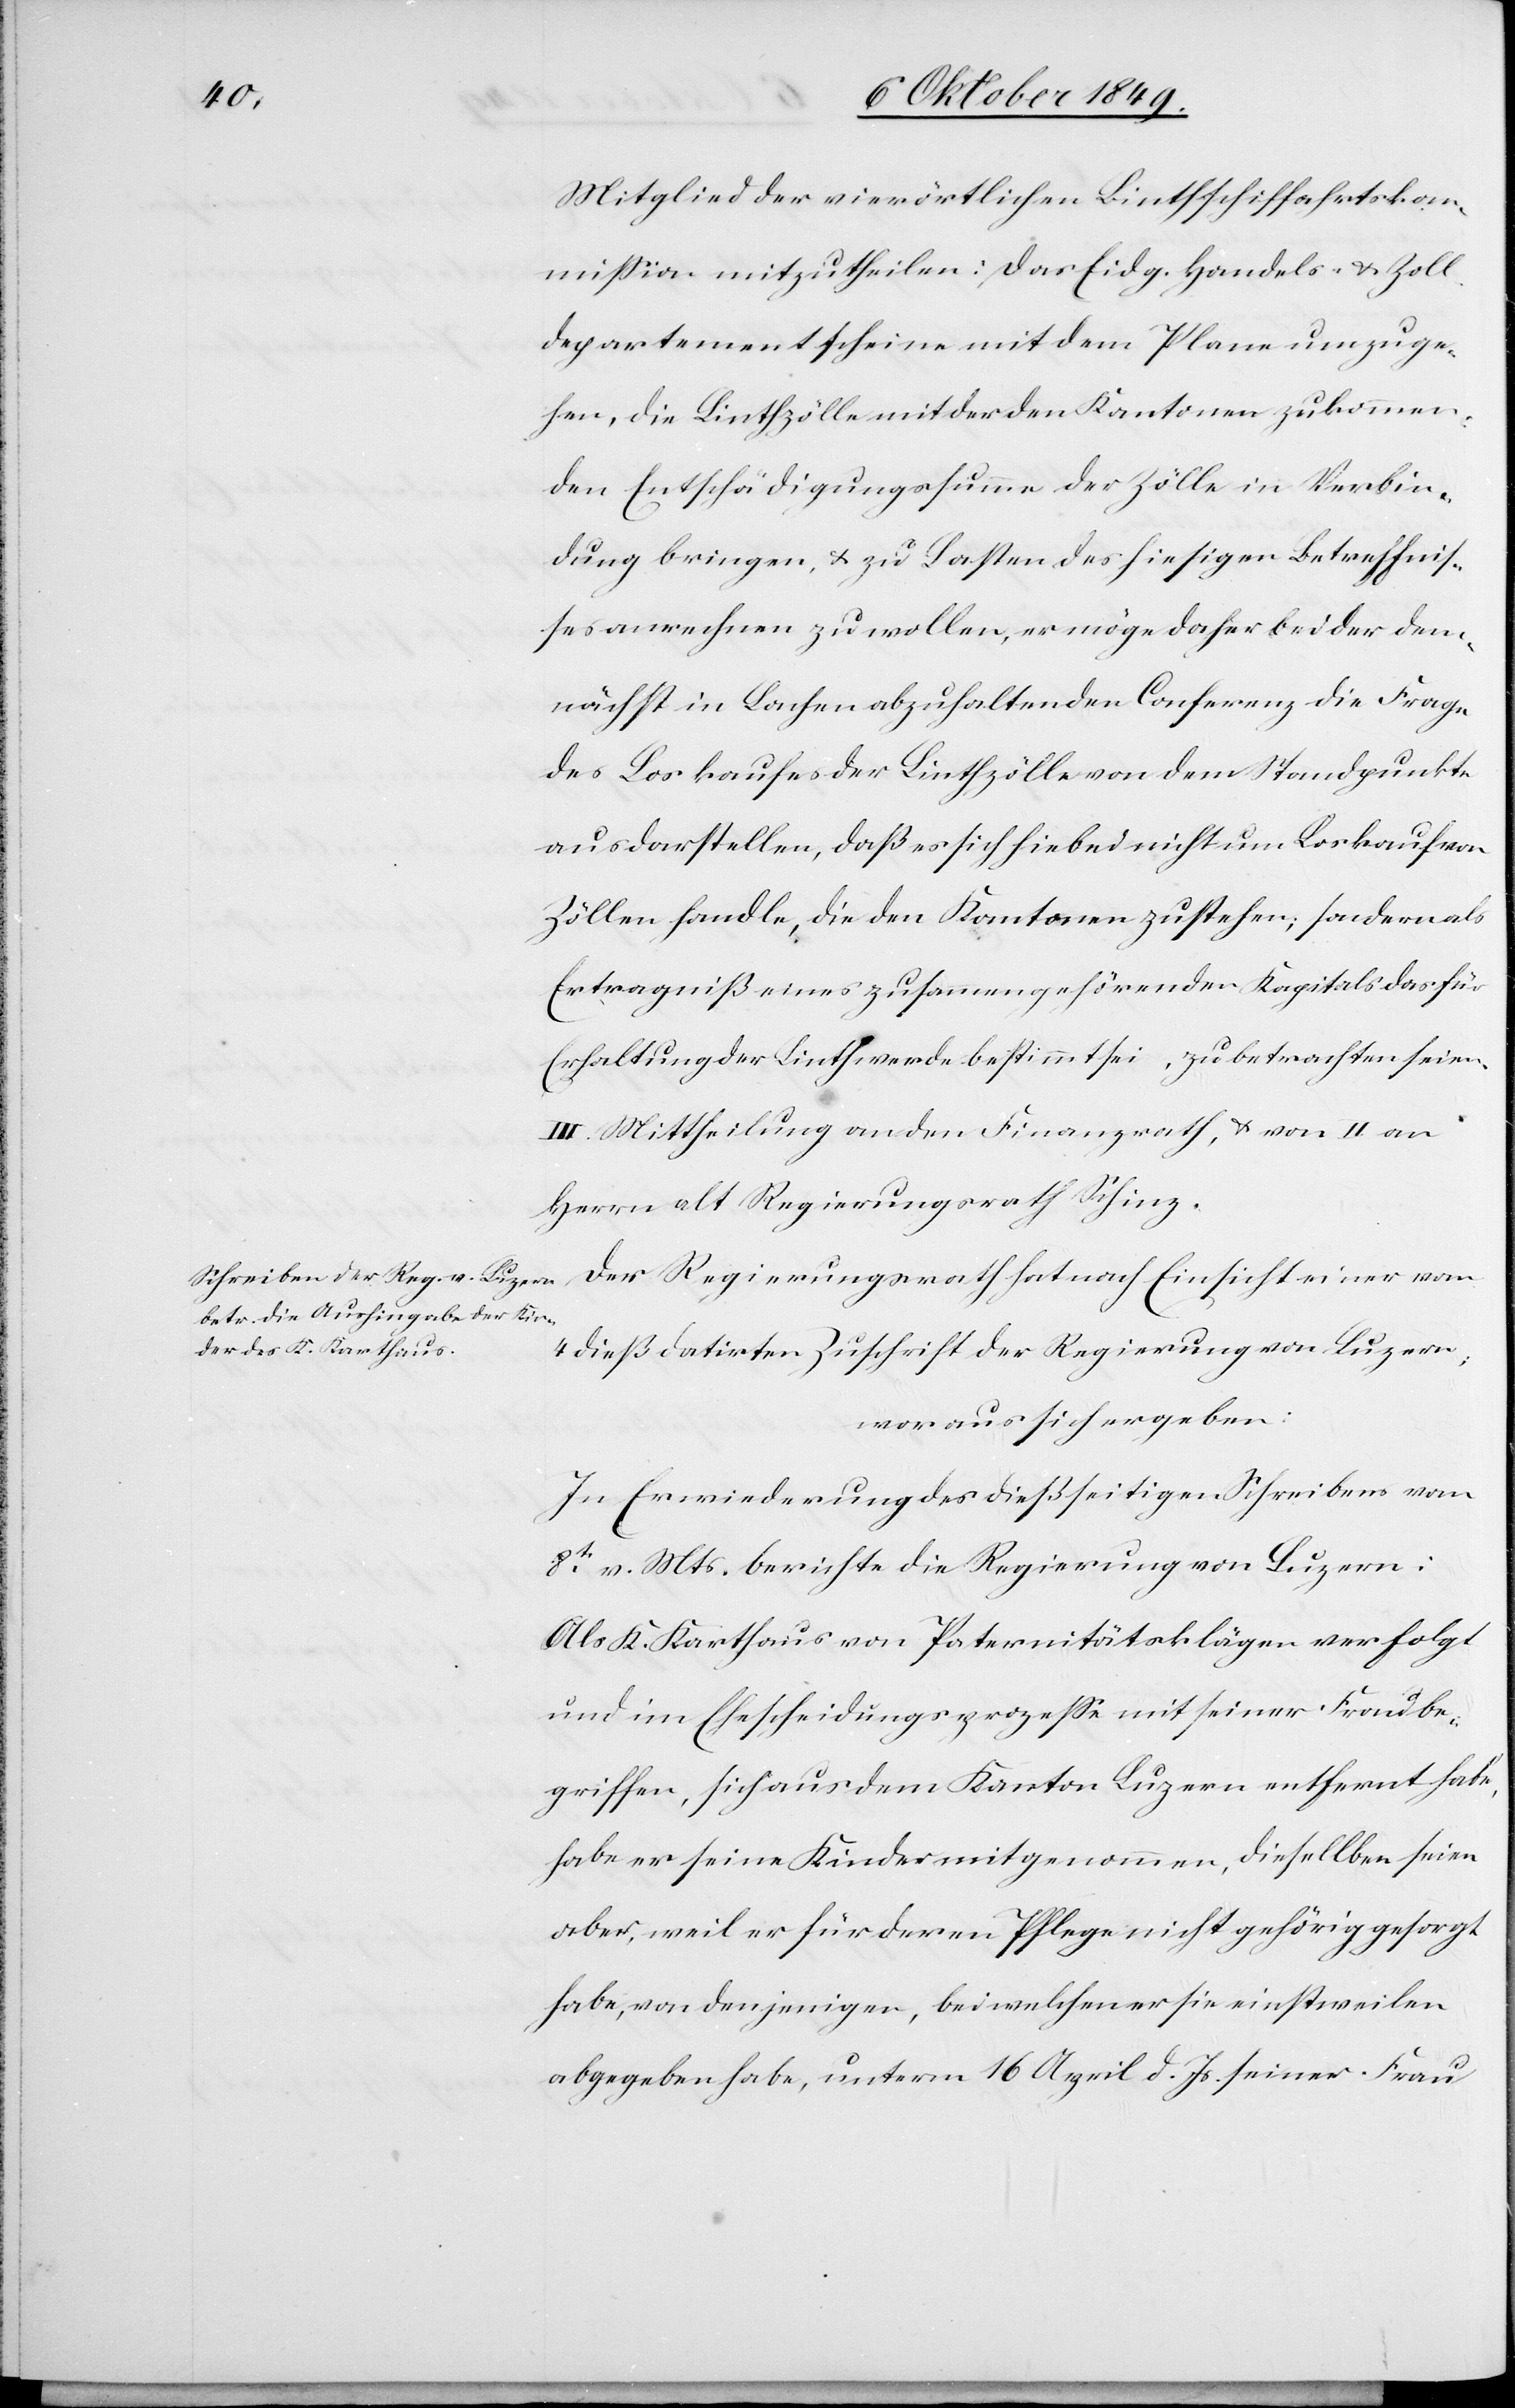
Mitglied der vierörtlichen Linthschiffahrtskom¬
mißion mitzutheilen: das Eidg. Handels- u. Zoll¬
departement scheine mit dem Plane umzuge¬
hen, die Linthzölle mit der den Kantonen zukommen¬
den Entschädigungssumme der Zölle in Verbin¬
dung bringen u. zu Lasten des hiesigen Betreffnis¬
ses anrechnen zu wollen, er möge daher bei der dem¬
nächst in Lachen abzuhaltenden Conferenz die Frage
des Loskaufes der Linthzölle von dem Standpunkte
aus darstellen, daß es sich hiebei nicht um Loskauf von
Zöllen handle, die den Kantonen zustehen, sondern als
Ersparniß eines zusammengehörenden Kapitals das für
Erhaltung der Linth werde bestimmt sei[n], zu betrachten seien.
III. Mittheilung an den Finanzrath, u. von II an
Herrn alt Regierungsrath Schinz.
4 dieß datirten Zuschrift der Regierung von Luzern,
woraus sich ergeben:
In Erwiederung des dießseitigen Schreibens vom
8t v. Mts. berichte die Regierung von Luzern:
Als K. Karthaus von Paternitätsklägen [sic!] verfolgt
und im Ehescheidungsprozeß mit seiner Frau be¬
griffen, sich aus dem Kanton Luzern entfernt habe,
habe er seine Kinder mitgenommen, dieselben seien
aber, weil er für deren Pflege nicht gehörig gesorgt
habe, von denjenigen, bei welchen er sie einstweilen
abgegeben habe, unterm 16 April d. Js. seiner Frau